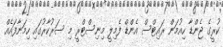
ކުރީގެ ޖެންޑާ ހިއުމަން ރައިޓްސް އެންޑް ފެމިލީ މިނިސްޓްރީ މި ސަރުކާރުގައި ހިމަނާފައެއް